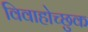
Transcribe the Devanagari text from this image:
विवाहोच्छुक